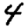
Digit: 4